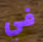
في